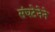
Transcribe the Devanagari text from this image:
संघटेनेने